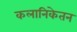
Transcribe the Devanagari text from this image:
कलानिकेतन